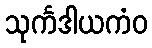
သုင်္ကဒါယကံဝ